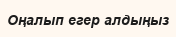
Оңалып егер алдыңыз